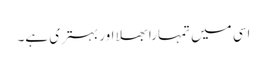
اسی میں تمہارا بھلا اور بہتری ہے۔